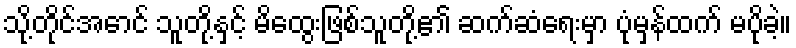
သို့တိုင်အောင် သူတို့နှင့် မိထွေးဖြစ်သူတို့၏ ဆက်ဆံရေးမှာ ပုံမှန်ထက် မပိုခဲ့။